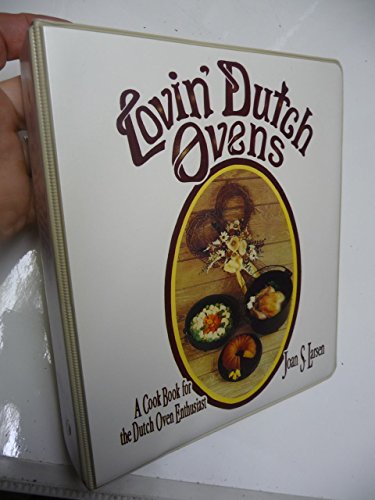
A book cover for Lovin' Dutch Ovens: A Cook Book for the Dutch Oven Enthusiast; Joan S. Larsen; Cookbooks, Food & Wine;